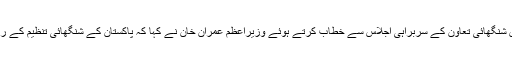
وزیراعظم عمران خان کا بشکیک میں شنگھائی تعاون کے سربراہی اجلاس سے خطاب کرتے ہوئے وزیراعظم عمران خان نے کہا کہ پاکستان کے شنگھائی تنظیم کے رکن ممالک کیساتھ تاریخی تعلقات ہیں۔